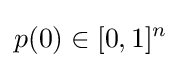
p(0)\in [0,1]^{n}